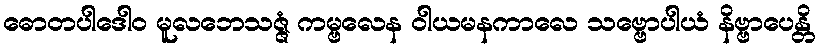
ဓောတပါဒေါဝ မူလဘေသဇ္ဇံ ကမ္ဗလေန ဝါယမနကာလေ သဗ္ဗောပါယံ နိဗ္ဗာပေန္တိ